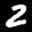
Label: 2